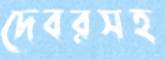
দেবরসহ